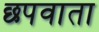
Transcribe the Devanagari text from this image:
छपवाता